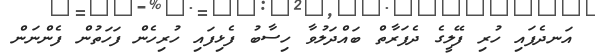
އަނދެފައި ހުރި ފޭލީގެ ދެފަރާތް ބައްދަލުވާ ހިސާބު ފެޅިފައި ހުރިހެން ފަހަތުން ފެންނަން